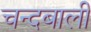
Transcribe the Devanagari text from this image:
चन्दबाली